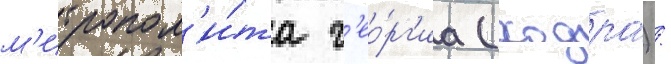
м'итропол'и́та г'ео́рг'иа (ходра) /